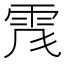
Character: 𩂑